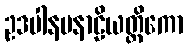
ဥဒပါနပနာဠိယတ္ထိကော